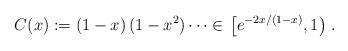
LaTeX: \begin{align*}C(x):=\left( 1-x\right) ( 1-x^{2}) \cdots \in \left.\left[ e^{-2x/(1-x)},1\right)\right..\end{align*}